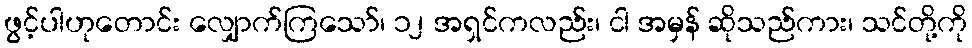
ဖွင့်ပါဟုတောင်း လျှောက်ကြသော်၊ ၁၂ အရှင်ကလည်း၊ ငါ အမှန် ဆိုသည်ကား၊ သင်တို့ကို